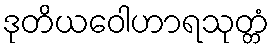
ဒုတိယဝေါဟာရသုတ္တံ